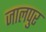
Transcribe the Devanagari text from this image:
जालपुर